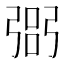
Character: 𢐆